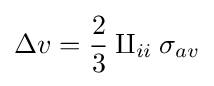
\Delta v={2 \over 3}\amalg _{ii}\sigma _{av}